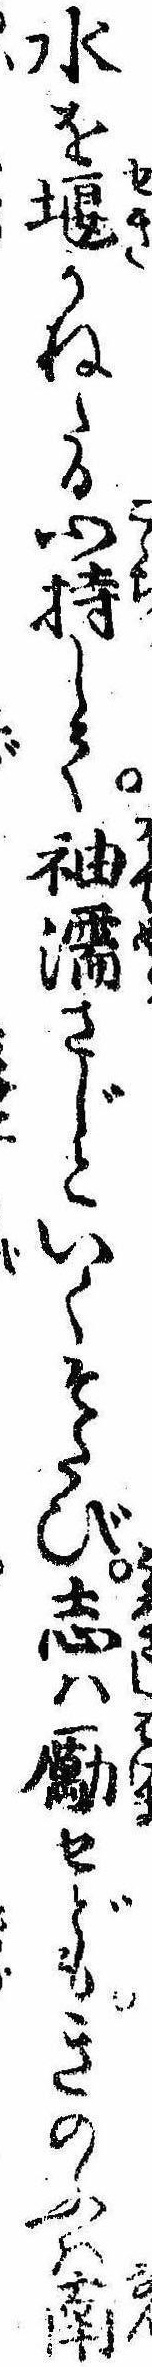
水を堰かねたる心持して袖濡さじといくそたび志は励せどもきのふは南